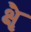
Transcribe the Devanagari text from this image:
क्षैृ